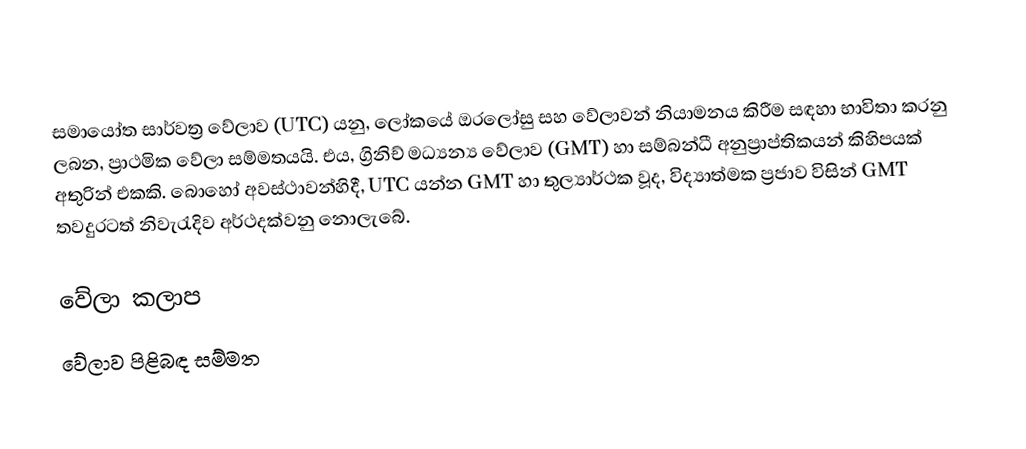
සමායෝත සාර්වත්‍ර වේලාව (UTC) යනු, ලෝකයේ ඔරලෝසු සහ වේලාවන් නියාමනය කිරීම සඳහා භාවිතා කරනු ලබන, ප්‍රාථමික වේලා සම්මතයයි. එය, ග්‍රිනිච් මධ්‍යන්‍ය වේලාව (GMT) හා සම්බන්ධී අනුප්‍රාප්තිකයන් කිහිපයක් අතුරින් එකකි. බොහෝ අවස්ථාවන්හිදී, UTC යන්න GMT හා තුල්‍යාර්ථක වූද, විද්‍යාත්මක ප්‍රජාව විසින් GMT තවදුරටත් නිවැරැදිව අර්ථදක්වනු නොලැබේ.

වේලා කලාප
වේලාව පිළිබඳ සම්මත